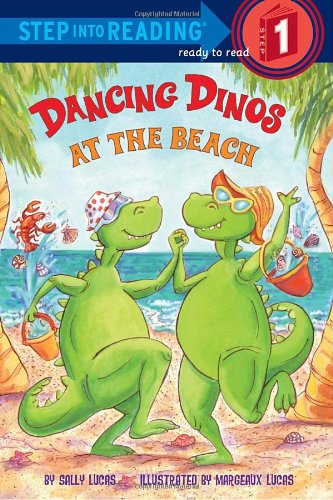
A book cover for Dancing Dinos at the Beach (Step into Reading); Sally Lucas; Children's Books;